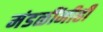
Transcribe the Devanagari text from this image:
मंडळींनीही